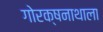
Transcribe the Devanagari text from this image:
गोरक्षनाथाला